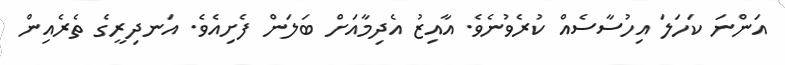
އަންނަ ކަހަލަ އިހުސާސެއް ކުރެވުނެވެ. އާއިޒު އެދިމާއަށް ބަލަން ފެށިއެވެ. އަނދިރީގެ ތެރެއިން